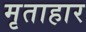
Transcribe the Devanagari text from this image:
मृताहार